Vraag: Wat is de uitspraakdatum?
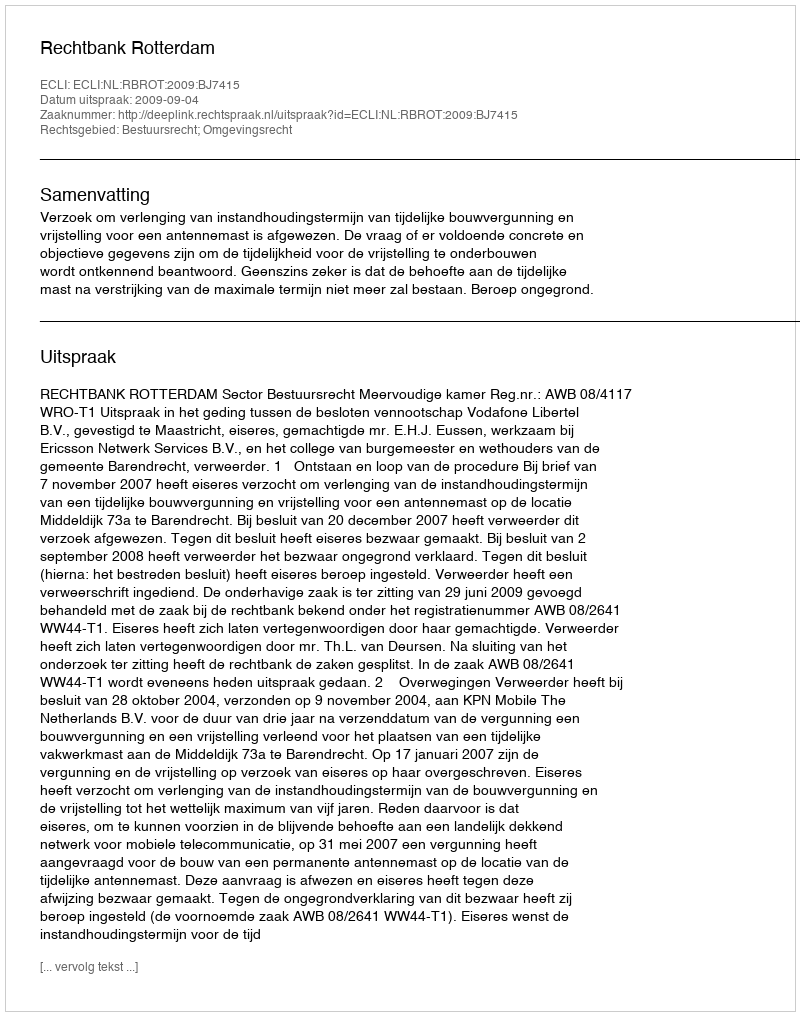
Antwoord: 2009-09-04